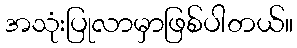
အသုံးပြုလာမှာဖြစ်ပါတယ်။